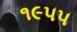
૧૯૫૫